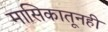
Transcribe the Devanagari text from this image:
मासिकातूनही